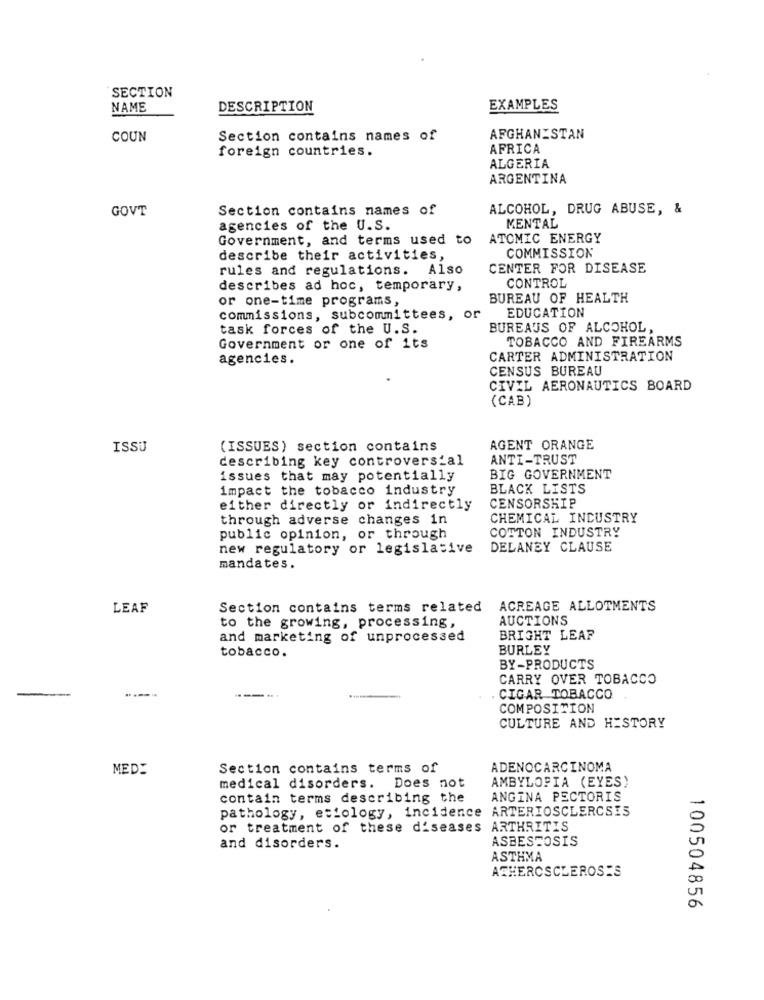
SECTION
NAME
DESCRIPTION
EXAMPLES
COUN
Section contains names of
AFGHANISTAN
foreign countries.
AFRICA
ALGERIA
ARGENTINA
GOVT
Section contains names of
ALCOHOL, DRUG ABUSE, &
agencies of the U.S.
MENTAL
Government, and terms used to
ATOMIC ENERGY
describe their activities,
COMMISSION
rules and regulations. Also
CENTER FOR DISEASE
CONTROL
describes ad hoc, temporary,
or one-time programs,
BUREAU OF HEALTH
or
EDUCATION
commissions, subcommittees,
task forces of the U.S.
BUREAUS OF ALCOHOL,
TOBACCO AND FIREARMS
Government or one of its
agencies.
CARTER ADMINISTRATION
CENSUS BUREAU
CIVIL AERONAUTICS BOARD
(CAB)
ISSU
(ISSUES) section contains
AGENT ORANGE
describing key controversial
ANTI-TRUST
issues that may potentially
BIG GOVERNMENT
impact the tobacco industry
BLACK LISTS
either directly or indirectly
CENSORSHIP
through adverse changes in
CHEMICAL INDUSTRY
COTTON INDUSTRY
public opinion, or through
new regulatory or legislative
DELANEY CLAUSE
mandates.
LEAF
Section contains terms related
ACREAGE ALLOTMENTS
AUCTIONS
to the growing, processing,
and marketing of unprocessed
BRIGHT LEAF
BURLEY
tobacco.
BY-PRODUCTS
CARRY OVER TOBACCO
-
---
CIGAR TOBACCO
COMPOSITION
CULTURE AND HISTORY
MED:
Section contains terms of
ADENOCARCINOMA
AMBYLOPIA (EYES)
medical disorders. Does not
contain terms describing the
ANGINA PECTORIS
pathology, etiology, incidence ARTERIOSCLEROSIS
or treatment of these diseases ARTHRITIS
ASBESTOSIS
and disorders.
ASTHMA
ATHEROSCLEROSIS
100504856